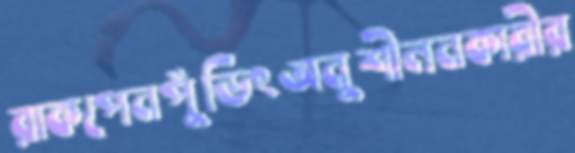
রাকপেনপুঁডিংঅনুশীলনকারীর